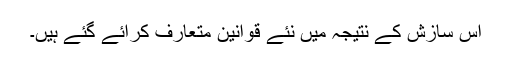
اس سازش کے نتیجہ میں نئے قوانین متعارف کرائے گئے ہیں۔